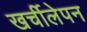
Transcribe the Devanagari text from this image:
खर्चीलेपन